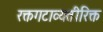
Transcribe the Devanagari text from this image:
रक्तगटाव्यतीरिक्त